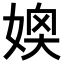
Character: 𪦂